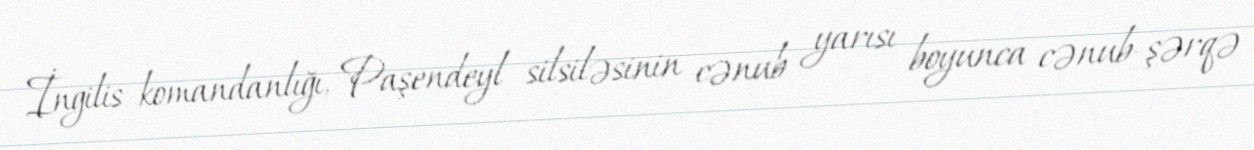
İngilis komandanlığı, Paşendeyl silsiləsinin cənub yarısı boyunca cənub-şərqə